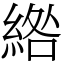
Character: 綹